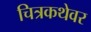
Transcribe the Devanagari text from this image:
चित्रकथेवर